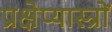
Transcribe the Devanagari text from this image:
प्रक्षेप्यास्त्रों